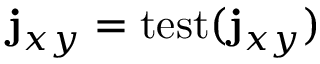
\mathbf { j } _ { x y } = \mathop { \mathrm { t e s t } } ( \mathbf { j } _ { x y } )